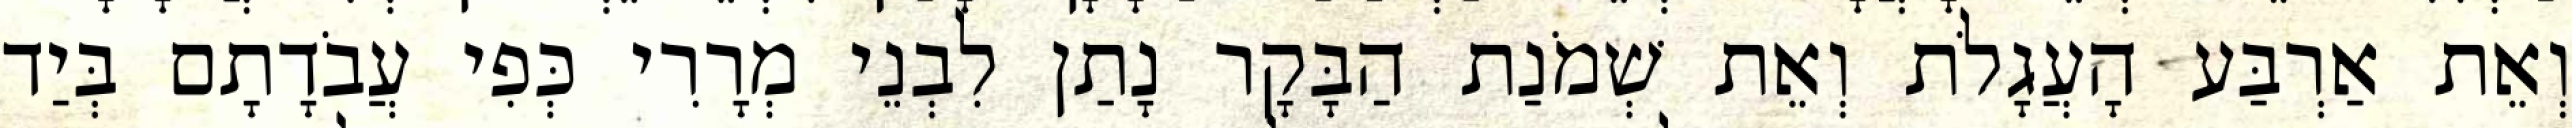
וְאֵת אַרְבַּע הָעֲגָלֹת וְאֵת שְׁמֹנַת הַבָּקָר נָתַן לִבְנֵי מְרָרִי כְּפִי עֲבֹדָתָם בְּיַד